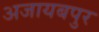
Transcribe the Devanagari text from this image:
अजायबपुर